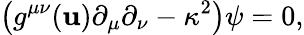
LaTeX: \left(g^{\mu\nu}(\mathbf{u})\partial_{\mu}\partial_{\nu}-\kappa^{2}\right)\psi=0,